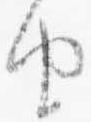
由